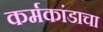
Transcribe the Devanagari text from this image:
कर्मकांडाचा